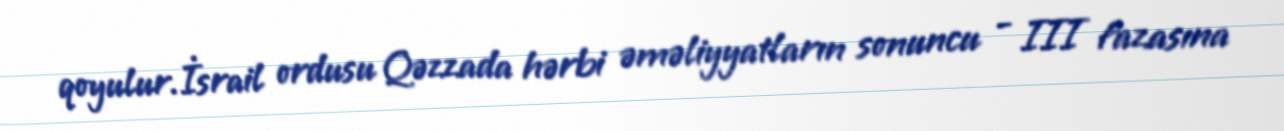
qoyulur.İsrail ordusu Qəzzada hərbi əməliyyatların sonuncu - III fazasına